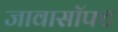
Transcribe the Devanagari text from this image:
जावासॉफ्ट